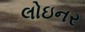
લોઇનર